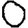
Digit: 0